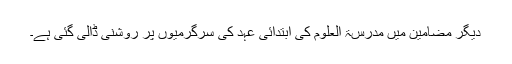
دیگر مضامین میں مدرسۃ العلوم کی ابتدائی عہد کی سرگرمیوں پر روشنی ڈالی گئی ہے۔